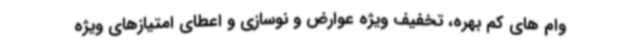
وام های کم بهره، تخفیف ویژه عوارض و نوسازی و اعطای امتیازهای ویژه